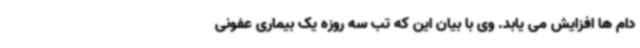
دام ها افزایش می یابد. وی با بیان این که تب سه روزه یک بیماری عفونی